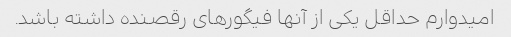
امیدوارم حداقل یکی از آنها فیگورهای رقصنده داشته باشد.